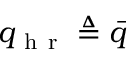
q _ { \mathrm { ~ h ~ r ~ } } \triangleq \bar { q }